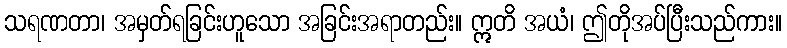
သရဏတာ၊ အမှတ်ရခြင်းဟူသော အခြင်းအရာတည်း။ ဣတိ အယံ၊ ဤတိုအပ်ပြီးသည်ကား။